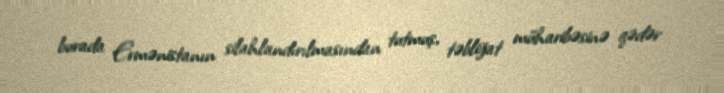
burada Ermənistanın silahlandırılmasından tutmuş, təbliğat müharibəsinə qədər